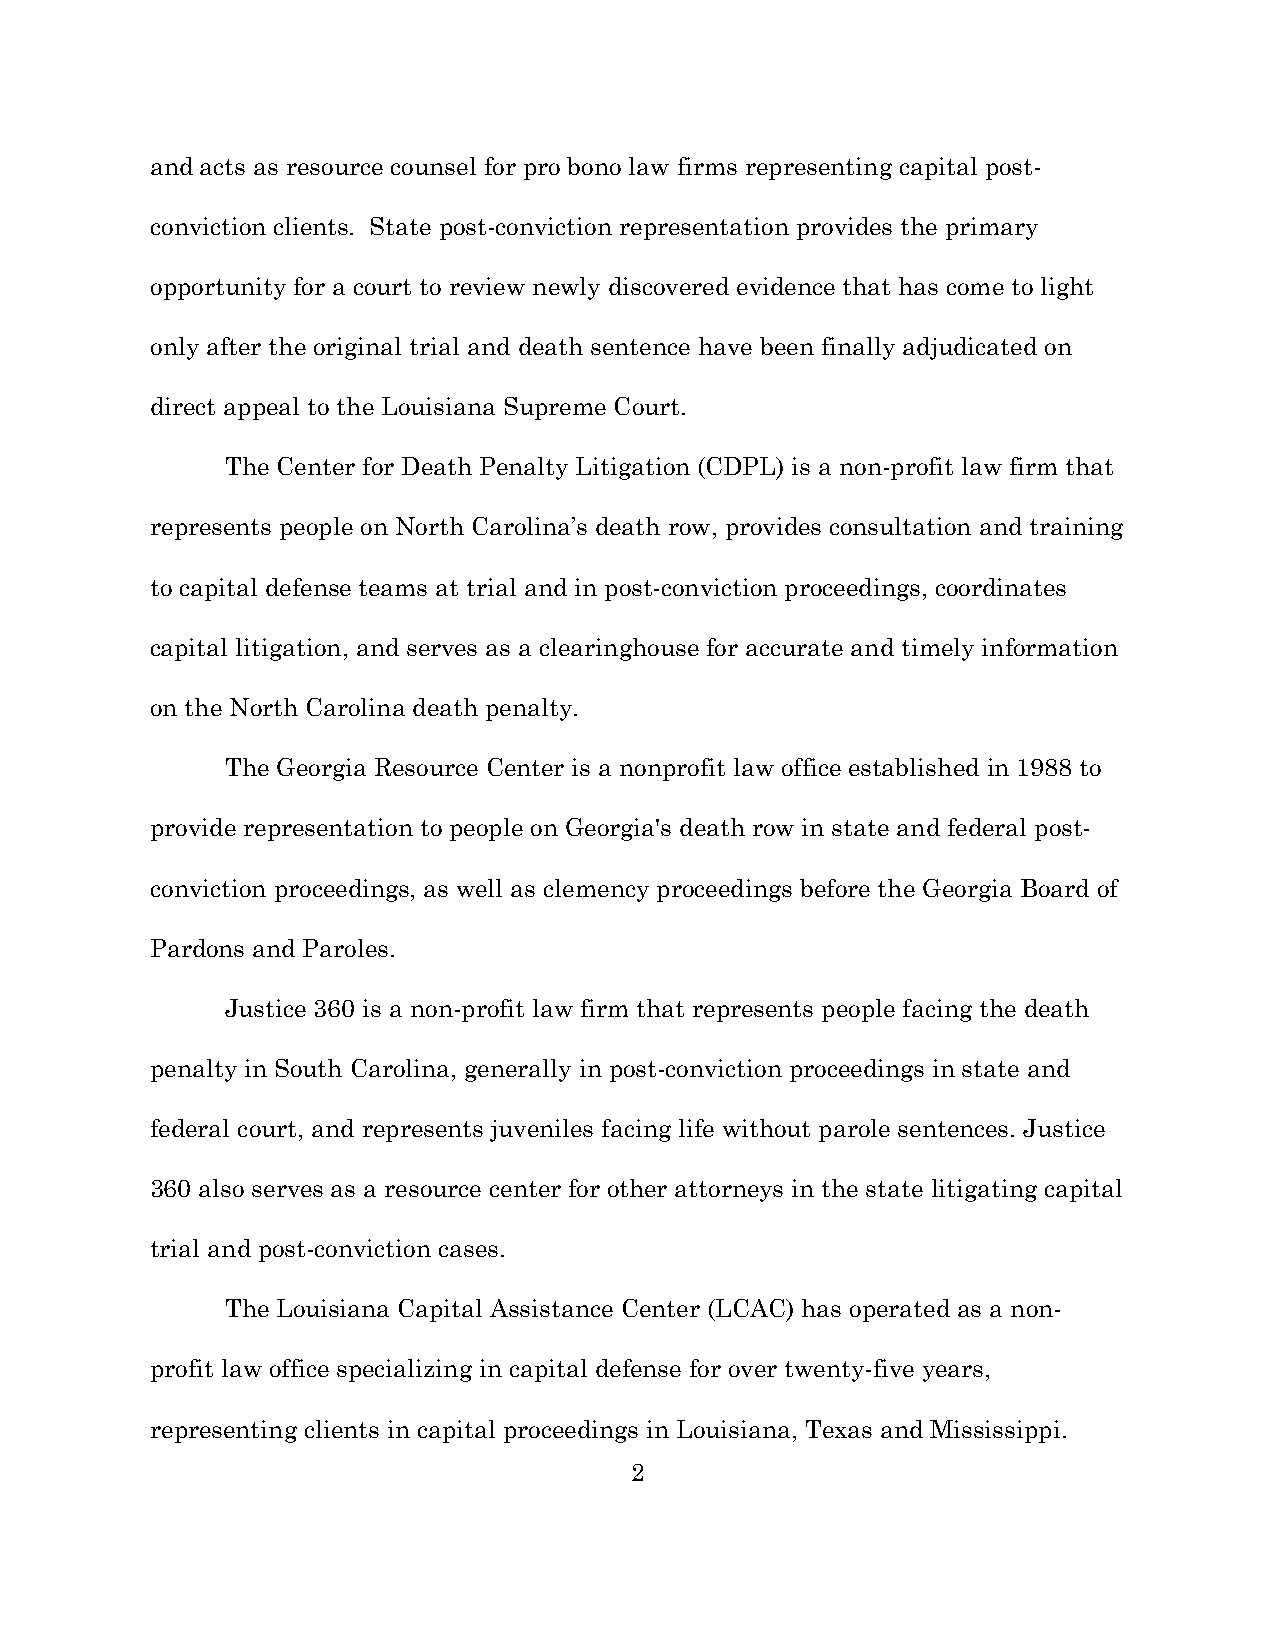
and acts as resource counsel for pro bono law firms representing capital post-
 conviction clients. State post-conviction representation provides the primary
 opportunity for a court to review newly discovered evidence that has come to light
 only after the original trial and death sentence have been finally adjudicated on
 direct appeal to the Louisiana Supreme Court.
 The Center for Death Penalty Litigation (CDPL) is a non-profit law firm that
 represents people on North Carolina’s death row, provides consultation and training
 to capital defense teams at trial and in post-conviction proceedings, coordinates
 capital litigation, and serves as a clearinghouse for accurate and timely information
 on the North Carolina death penalty.
 The Georgia Resource Center is a nonprofit law office established in 1988 to
 provide representation to people on Georgia's death row in state and federal post-
 conviction proceedings, as well as clemency proceedings before the Georgia Board of
 Pardons and Paroles.
 Justice 360 is a non-profit law firm that represents people facing the death
 penalty in South Carolina, generally in post-conviction proceedings in state and
 federal court, and represents juveniles facing life without parole sentences. Justice
 360 also serves as a resource center for other attorneys in the state litigating capital
 trial and post-conviction cases.
 The Louisiana Capital Assistance Center (LCAC) has operated as a non-
 profit law office specializing in capital defense for over twenty-five years,
 representing clients in capital proceedings in Louisiana, Texas and Mississippi.
 2